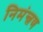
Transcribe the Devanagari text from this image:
निमंन्त्रण